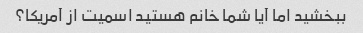
ببخشید اما آیا شما خانم هستید اسمیت از آمریکا؟